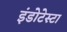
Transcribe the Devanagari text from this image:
इंडोटेस्टा